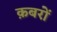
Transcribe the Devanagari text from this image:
क़बरों